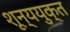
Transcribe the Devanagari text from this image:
शून्ययुक्त